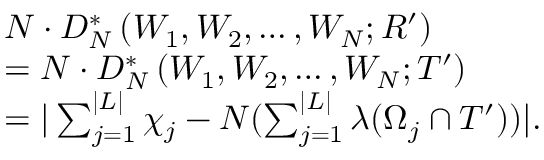
\begin{array} { r l } & { N \cdot D _ { N } ^ { * } \left( W _ { 1 } , W _ { 2 } , \ldots , W _ { N } ; R ^ { \prime } \right) } \\ & { = N \cdot D _ { N } ^ { * } \left( W _ { 1 } , W _ { 2 } , \ldots , W _ { N } ; T ^ { \prime } \right) } \\ & { = | \sum _ { j = 1 } ^ { | L | } \chi _ { j } - N ( \sum _ { j = 1 } ^ { | L | } \lambda ( \Omega _ { j } \cap T ^ { \prime } ) ) | . } \end{array}